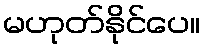
မဟုတ်နိုင်ပေ။